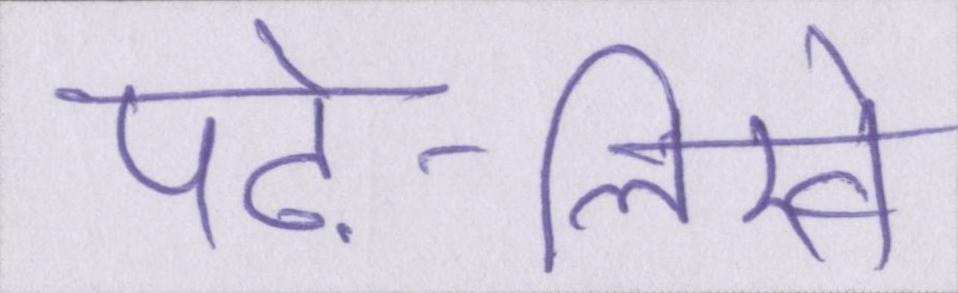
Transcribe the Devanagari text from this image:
पढ़े-लिखे